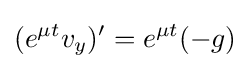
(e^{\mu t}v_{y})^{\prime }=e^{\mu t}(-g)